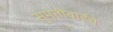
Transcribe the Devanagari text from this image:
सुमतीबाईंचे